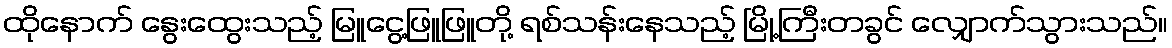
ထိုနောက် နွေးထွေးသည့် မြူငွေ့ဖြူဖြူတို့ ရစ်သန်းနေသည့် မြို့ကြီးတခွင် လျှောက်သွားသည်။